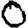
Digit: 0